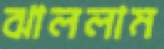
ঝাললাম